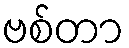
ဗစ်တာ